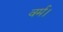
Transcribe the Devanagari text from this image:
वर्म।